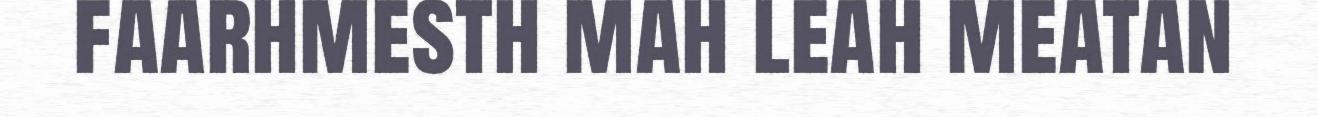
faarhmesth mah leah meatan